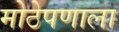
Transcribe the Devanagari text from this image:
मोठेपणाला